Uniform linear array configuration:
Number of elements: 48
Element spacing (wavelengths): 0.5
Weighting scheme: cosine
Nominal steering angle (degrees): -60
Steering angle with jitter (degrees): -59.501
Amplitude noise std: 0.05
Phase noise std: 0.05

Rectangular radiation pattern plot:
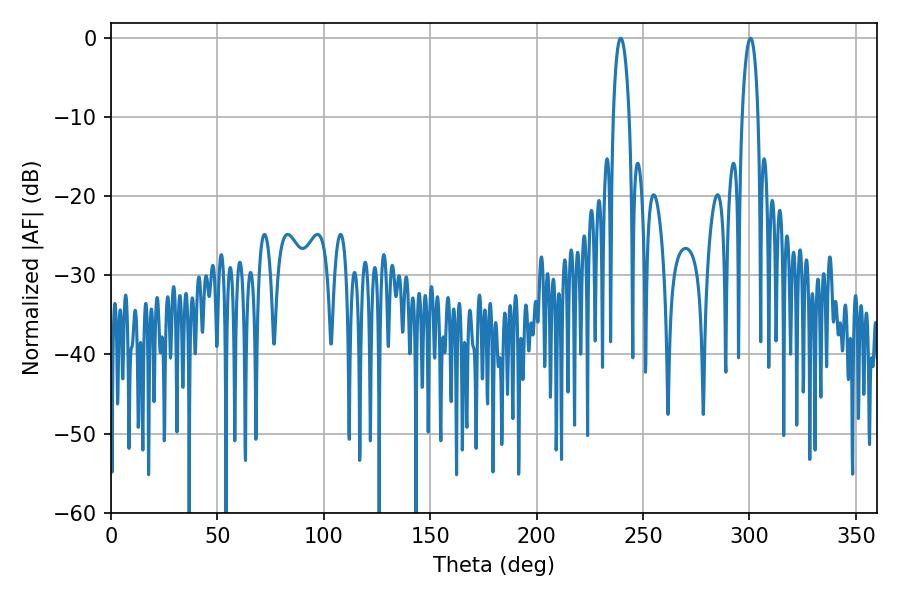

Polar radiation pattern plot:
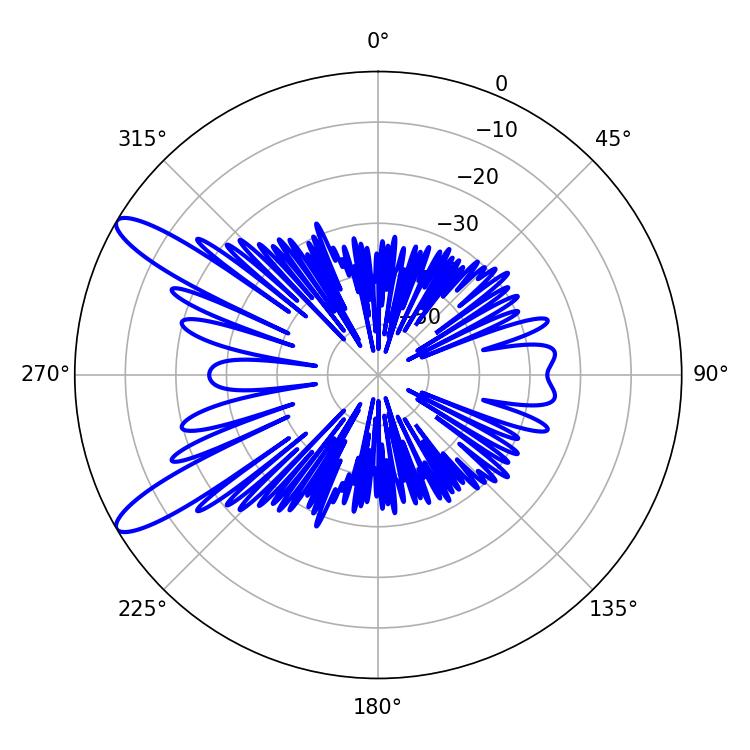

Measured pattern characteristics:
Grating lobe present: FALSE
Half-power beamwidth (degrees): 4.32
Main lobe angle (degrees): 300.42